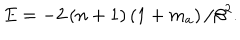
E = - 2 \left( n + 1 \right) \left( 1 + m _ { a } \right) / \beta ^ { 2 } .